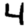
Digit: 4